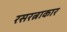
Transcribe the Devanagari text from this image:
रसरत्नाकार